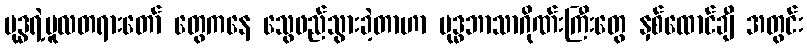
ဗုဒ္ဓရဲ့မူလတရားတော် တွေကနေ သွေဖည်သွားခဲ့တာဟာ ဗုဒ္ဓဘာသာဂိုဏ်းကြီးတွေ နှစ်ထောင်ချီ အတွင်း